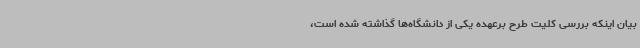
بیان اینکه بررسی کلیت طرح برعهده یکی از دانشگاه‌ها گذاشته شده است،